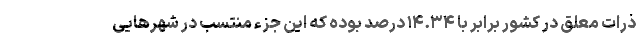
ذرات معلق در کشور برابر با ۱۴.۳۴ درصد بوده که این جزء منتسب در شهرهایی